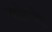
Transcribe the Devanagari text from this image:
कोन्टे